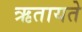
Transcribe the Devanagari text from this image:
ऋतायते